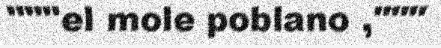
"""el mole poblano ,"""